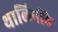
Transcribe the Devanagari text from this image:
थालिपीठे